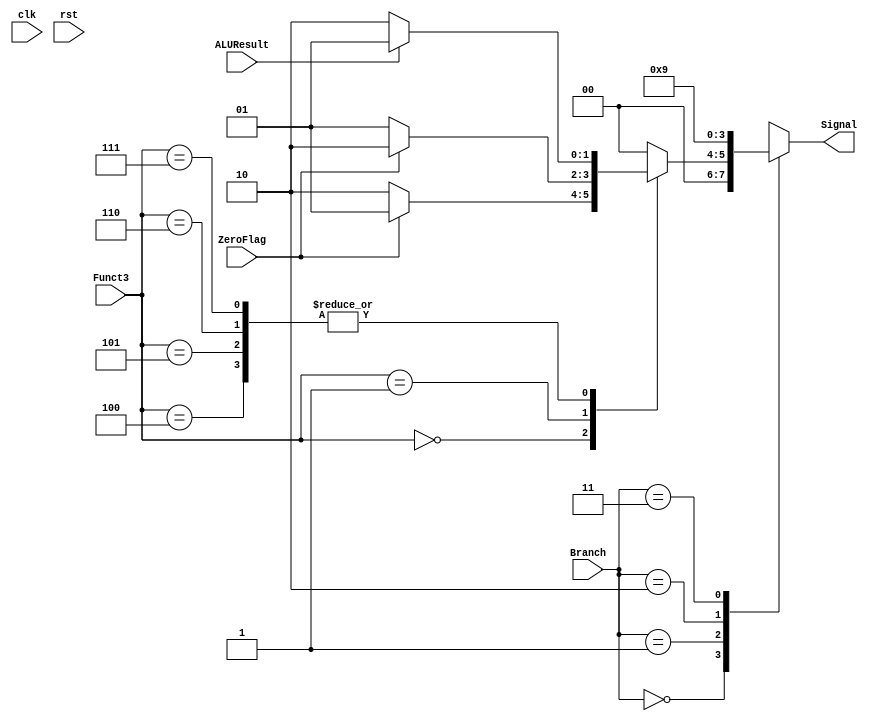
module BranchCtrl (
    clk,
    rst,
    Branch,
    Funct3,
    ZeroFlag,
    ALUResult,
    Signal,
);

input clk;
input rst;
input [1:0] Branch;
input [2:0] Funct3;
input ZeroFlag;
input ALUResult;

output reg [1:0] Signal ;

always@(*) begin    
    case(Branch)
        2'b00:
            Signal = 2'b00;
        2'b01:
            case(Funct3)
                3'b000:
                    Signal = (ZeroFlag)?2'b01:2'b10;
                3'b001:
                    Signal = (ZeroFlag)?2'b10:2'b01;
                3'b100:
                    Signal = (ALUResult) ?2'b01:2'b10;
                3'b101:
                    Signal = (ALUResult)? 2'b01:2'b10;
                3'b110:
                    Signal = (ALUResult)? 2'b01:2'b10;
                3'b111: 
                    Signal = (ALUResult)? 2'b01:2'b10; 
                default:
                    Signal = 2'b00;
            endcase
        2'b10:
            Signal = 2'b10;
        2'b11:
            Signal = 2'b01;
    endcase
end

endmodule